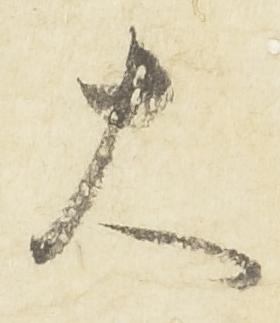
大